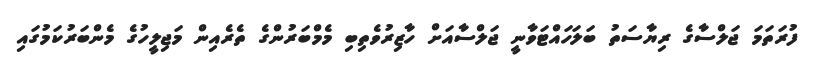
ފުރަތަމަ ޖަލްސާގެ ރިޔާސަތު ބަލަހައްޓަވާނީ ޖަލްސާއަށް ހާޒިރުވެތިބި މެމްބަރުންގެ ތެރެއިން މަޖިލީހުގެ މެންބަރުކަމުގައި